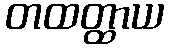
တထတ္ထာယ